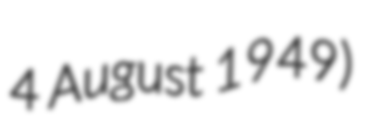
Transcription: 4 August 1949)